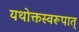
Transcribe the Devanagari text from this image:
यथोक्तस्वरूपात्‌